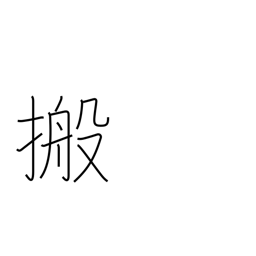
Meaning: conveyor